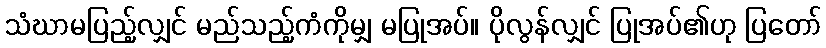
သံဃာမပြည့်လျှင် မည်သည့်ကံကိုမျှ မပြုအပ်။ ပိုလွန်လျှင် ပြုအပ်၏ဟု ပြတော်